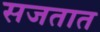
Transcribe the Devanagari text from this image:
सजतात